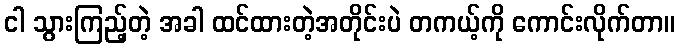
ငါ သွားကြည့်တဲ့ အခါ ထင်ထားတဲ့အတိုင်းပဲ တကယ့်ကို ကောင်းလိုက်တာ။